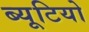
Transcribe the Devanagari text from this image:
ब्यूटियो